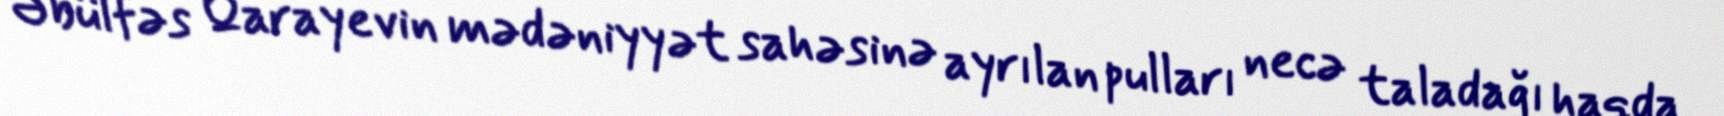
Əbülfəs Qarayevin mədəniyyət sahəsinə ayrılan pulları necə taladağı haqda